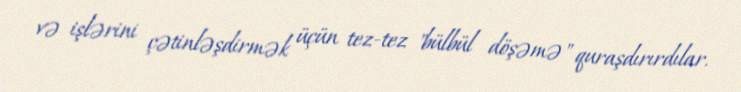
və işlərini çətinləşdirmək üçün tez-tez "bülbül döşəmə" quraşdırırdılar.